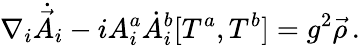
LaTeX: \nabla_{i}\dot{\vec{A}}_{i}-iA_{i}^{a}\dot{A}_{i}^{b}[T^{a},T^{b}]=g^{2}\vec{\rho}\, .